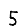
Digit: 5